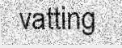
vatting